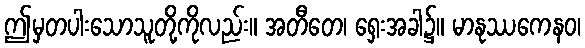
ဤမှတပါးသောသူတို့ကိုလည်း။ အတီတေ၊ ရှေးအခါ၌။ မာနုဿကေနဝ၊